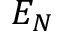
E _ { N }